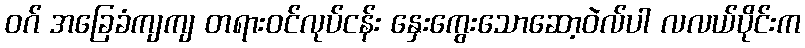
ဝဂ် အခြေခံကျကျ တရားဝင်လုပ်ငန်း နှေးကွေးသောဆော့ဝဲလ်ပါ လလယ်ပိုင်းက